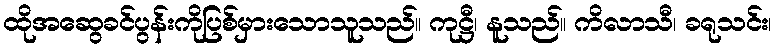
ထိုအဆွေခင်ပွန်းကိုပြစ်မှားသောသူသည်။ ကုဋ္ဌီ၊ နူသည်။ ကိလာသီ၊ ခရုသင်း၊